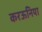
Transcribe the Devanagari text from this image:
करऊनिया